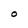
Character: O